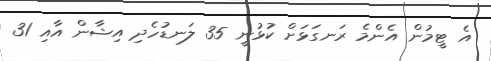
އެ ޓީމުން އެންމެ ރަނގަޅަށް ކުޅުނީ 35 ލަނޑުހެދި އިޝާން އާއި 31